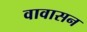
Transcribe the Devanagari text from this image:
वावासन